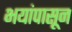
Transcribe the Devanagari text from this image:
भयांपासून